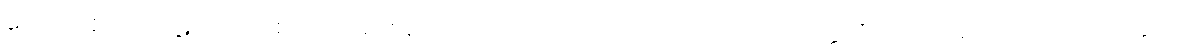
တေသု ဧကသာဋကေသု စ၊ ထိုတစ်ထည်တည်းသော အဝတ်ကိုဝတ်သော တိတ္ထိတို့သည်လည်းကောင်း။ သတ္တသု၊